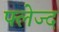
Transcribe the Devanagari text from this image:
फ्लेज्द